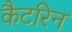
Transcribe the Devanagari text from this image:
कैटरिन